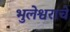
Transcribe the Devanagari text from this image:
भुलेश्वराचे